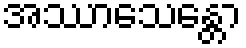
အဿာသေန္တော